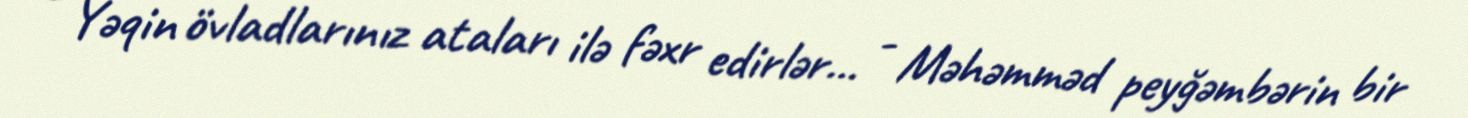
- Yəqin övladlarınız ataları ilə fəxr edirlər... - Məhəmməd peyğəmbərin bir